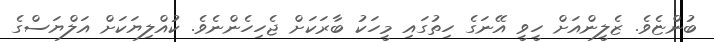
ބުންޏެވެ. ޒެލީންއަށް ހީވީ އޭނަގެ ހިތުގައި މީހަކު ބާރަކަށް ޖެހިހެންނެވެ. ކުއްލިޔަކަށް އަލްޔަސްގެ